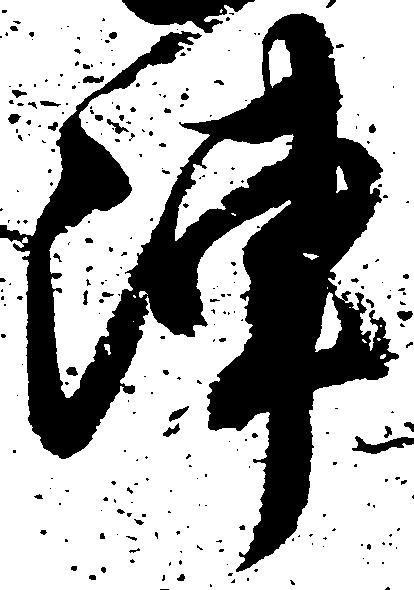
陣